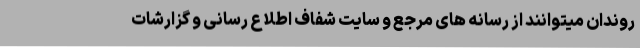
روندان میتوانند از رسانه های مرجع و سایت شفاف اطلاع رسانی و گزارشات